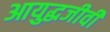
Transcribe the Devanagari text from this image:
आयुद्धजीवी